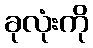
ခုလုံးကို